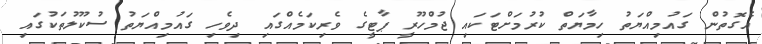
އެގޮތުން ގައުމިއްޔަތު ހިމާޔަތް ކުރުމަށްޓަކައި ޖުމްހޫރީ ޕާޓީގެ ވެރިކަމެއްގައި ދިވެހި ގައުމިއްޔަތު ސުކޫލުތަކުގައި